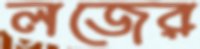
লজের